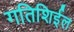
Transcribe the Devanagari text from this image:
गतिशिईल